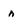
Character: n